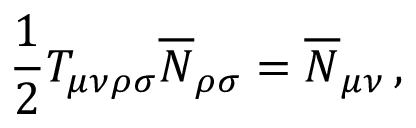
\frac { 1 } { 2 } T _ { \mu \nu \rho \sigma } \overline { { { N } } } _ { \rho \sigma } = \overline { { { N } } } _ { \mu \nu } \, ,